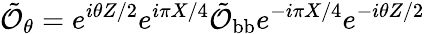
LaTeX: \tilde{\mathcal{O}}_{\theta}=e^{i\theta Z/2}e^{i\pi X/4}\tilde{\mathcal{O}}_{\mathrm{bb}}e^{-i\pi X/4}e^{-i\theta Z/2}